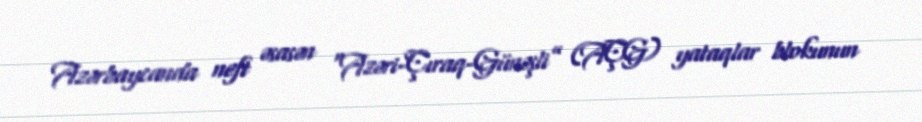
Azərbaycanda neft əsasən "Azəri-Çıraq-Günəşli” (AÇG) yataqlar blokunun